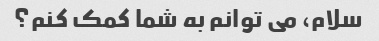
سلام، می توانم به شما کمک کنم؟